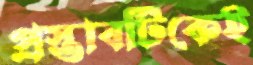
প্রস্তাবটিকেই